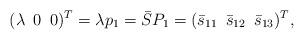
LaTeX: \begin{align*}(\lambda \enskip 0 \enskip 0)^T = \lambda p_1 = \bar S P_1 = (\bar s_{11}\enskip \bar s_{12}\enskip \bar s_{13})^T,\end{align*}